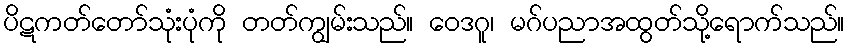
ပိဋကတ်တော်သုံးပုံကို တတ်ကျွမ်းသည်။ ဝေဒဂူ၊ မဂ်ပညာအထွတ်သို့ရောက်သည်။